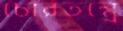
চোরতন্ত্রে